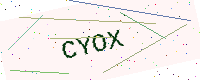
Text: CYOX